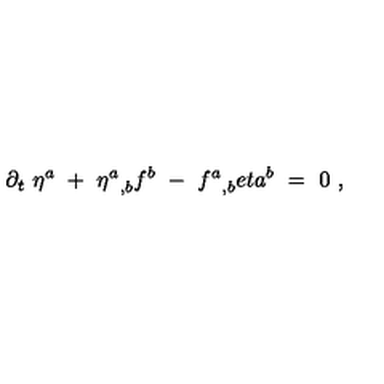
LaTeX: \partial _ { t } \ \eta ^ { a } \ + \ { \eta ^ { a } } _ { , b } f ^ { b } \ - \ { f ^ { a } } _ { , b } e t a ^ { b } \ = \ 0 \ ,